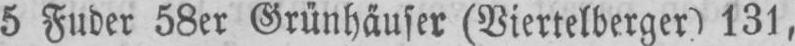
5 Fuder 58er Grünhäuser (Viertelberger) 131,